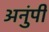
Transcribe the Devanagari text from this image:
अनुंपी